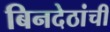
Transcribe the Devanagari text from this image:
बिनदेठांची